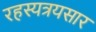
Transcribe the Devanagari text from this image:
रहस्यत्रयसार